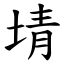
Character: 埥